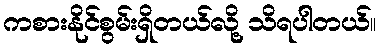
ကစားနိုင်စွမ်းရှိတယ်လို့ သိရပါတယ်။